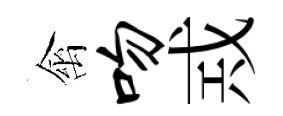
禽吻𢦶